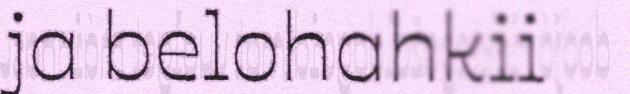
ja belohahkii